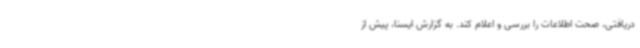
دریافتی، صحت اطلاعات را بررسی و اعلام کند. به گزارش ایسنا، پیش از